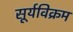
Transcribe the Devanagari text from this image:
सूर्यविक्रम